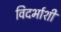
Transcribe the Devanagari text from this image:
विदर्भाशी